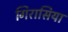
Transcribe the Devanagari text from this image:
गिरासिया